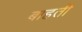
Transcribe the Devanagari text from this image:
बाहती